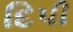
દિપી